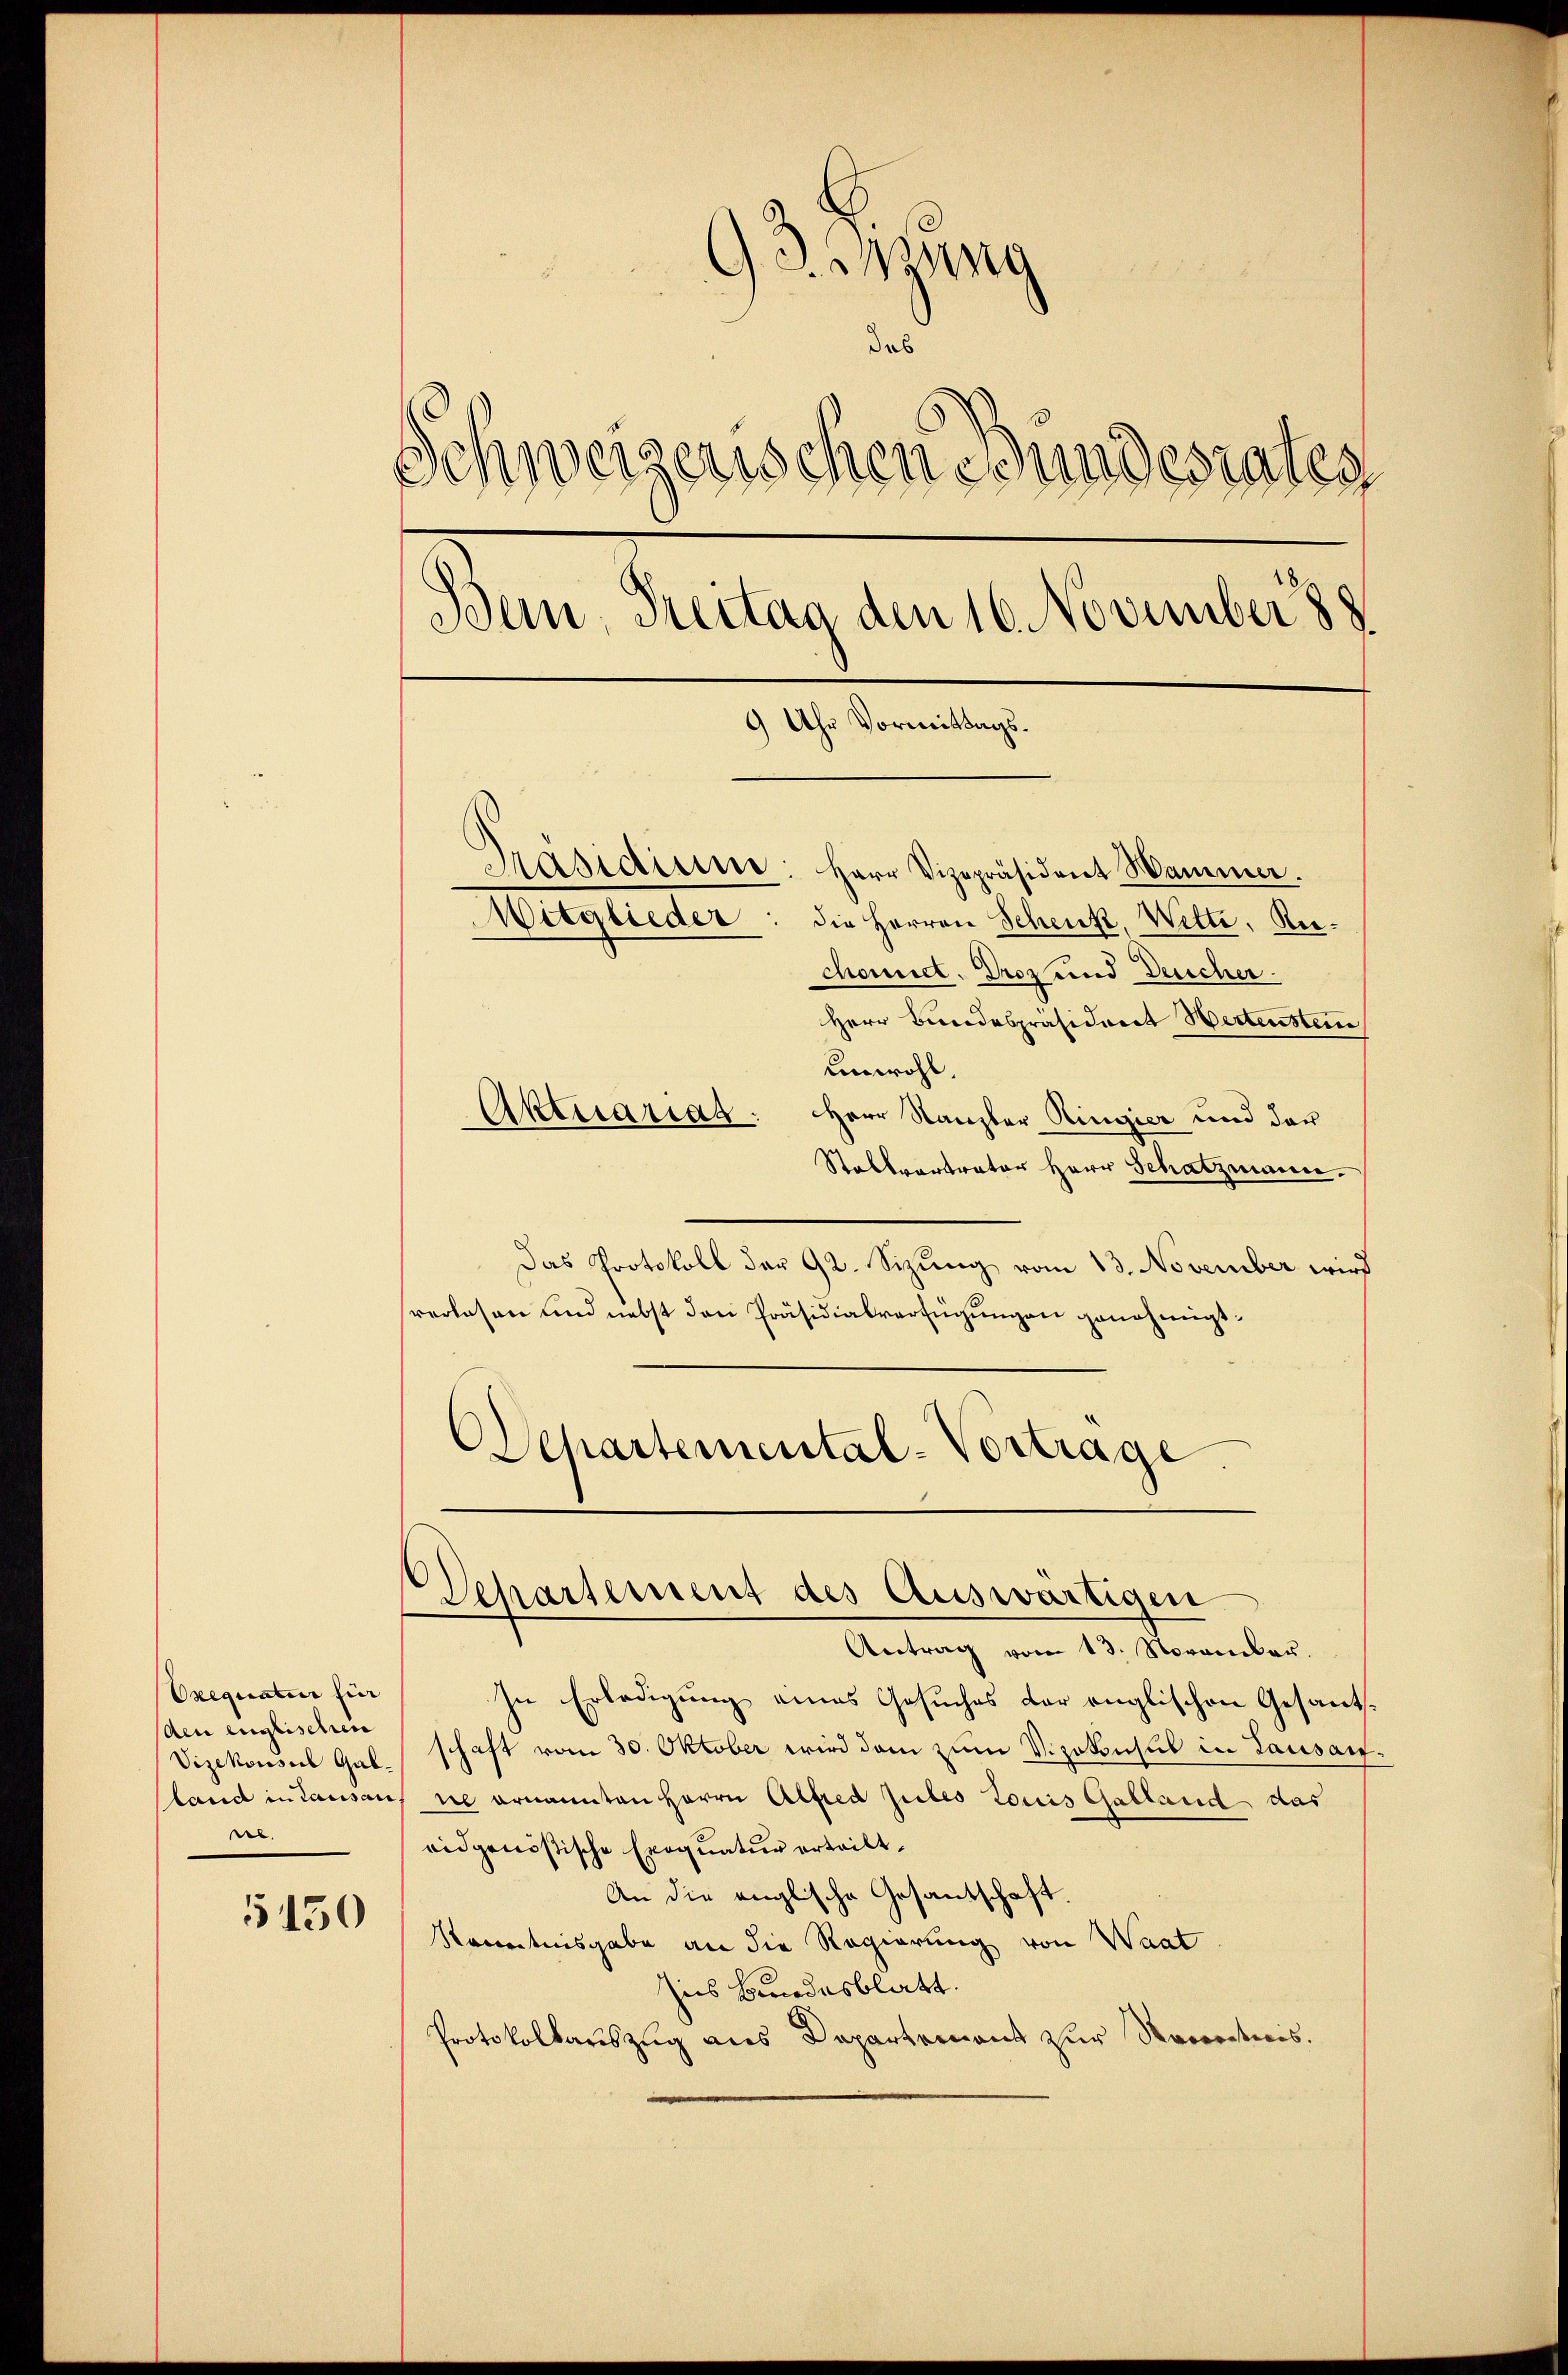
Orequatur hier
Aen englischen
Vizekonsul Gal.
sland in Lausan
nl.

5150

93 ang
das
Schweizerischen Bundesrates
Bein, Treitag den 16. November 188
9 Uhr Vormittags.
Präsidicine: Herr Vizepräsident Hammer.
Witglieder: die Herren Schenk, Wette, Riechonnet. Droz und Deucher.

Herr Bundespräsiderit Wertenstein
unwohl.
Akticariag: Herr Kanzler Ringier und der
Stallvertrator Herr Schatzmann.
Das Protokoll der 92. Sizung vom 13. November wird
verlesen und nebst den Präsidialverfügungen genehmigt.
Departemental-Vortrage.

¬
Departement des Auswärtigen

Antrag vom 13. November.
In Erledigung eines Gesuches der englischen Gesantschaft vom 30. Oktober wird dem zum Vizekonsul in Lausanne ernannten Herrn Alfred zules Louis Galland das
ridgenößische Exequatur erteilt.
An die anglische Gesantschaft.
Kenntnisgabe an die Regierung von Waat
Ins Bundesblatt.
Protokollauszug aus Departement zur Kenntnis.